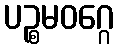
ပဉ္စမဝဂ္ဂေ